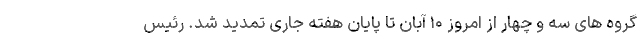
گروه های سه و چهار از امروز ۱۰ آبان تا پایان هفته جاری تمدید شد. رئیس